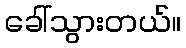
ခေါ်သွားတယ်။